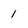
Character: 1